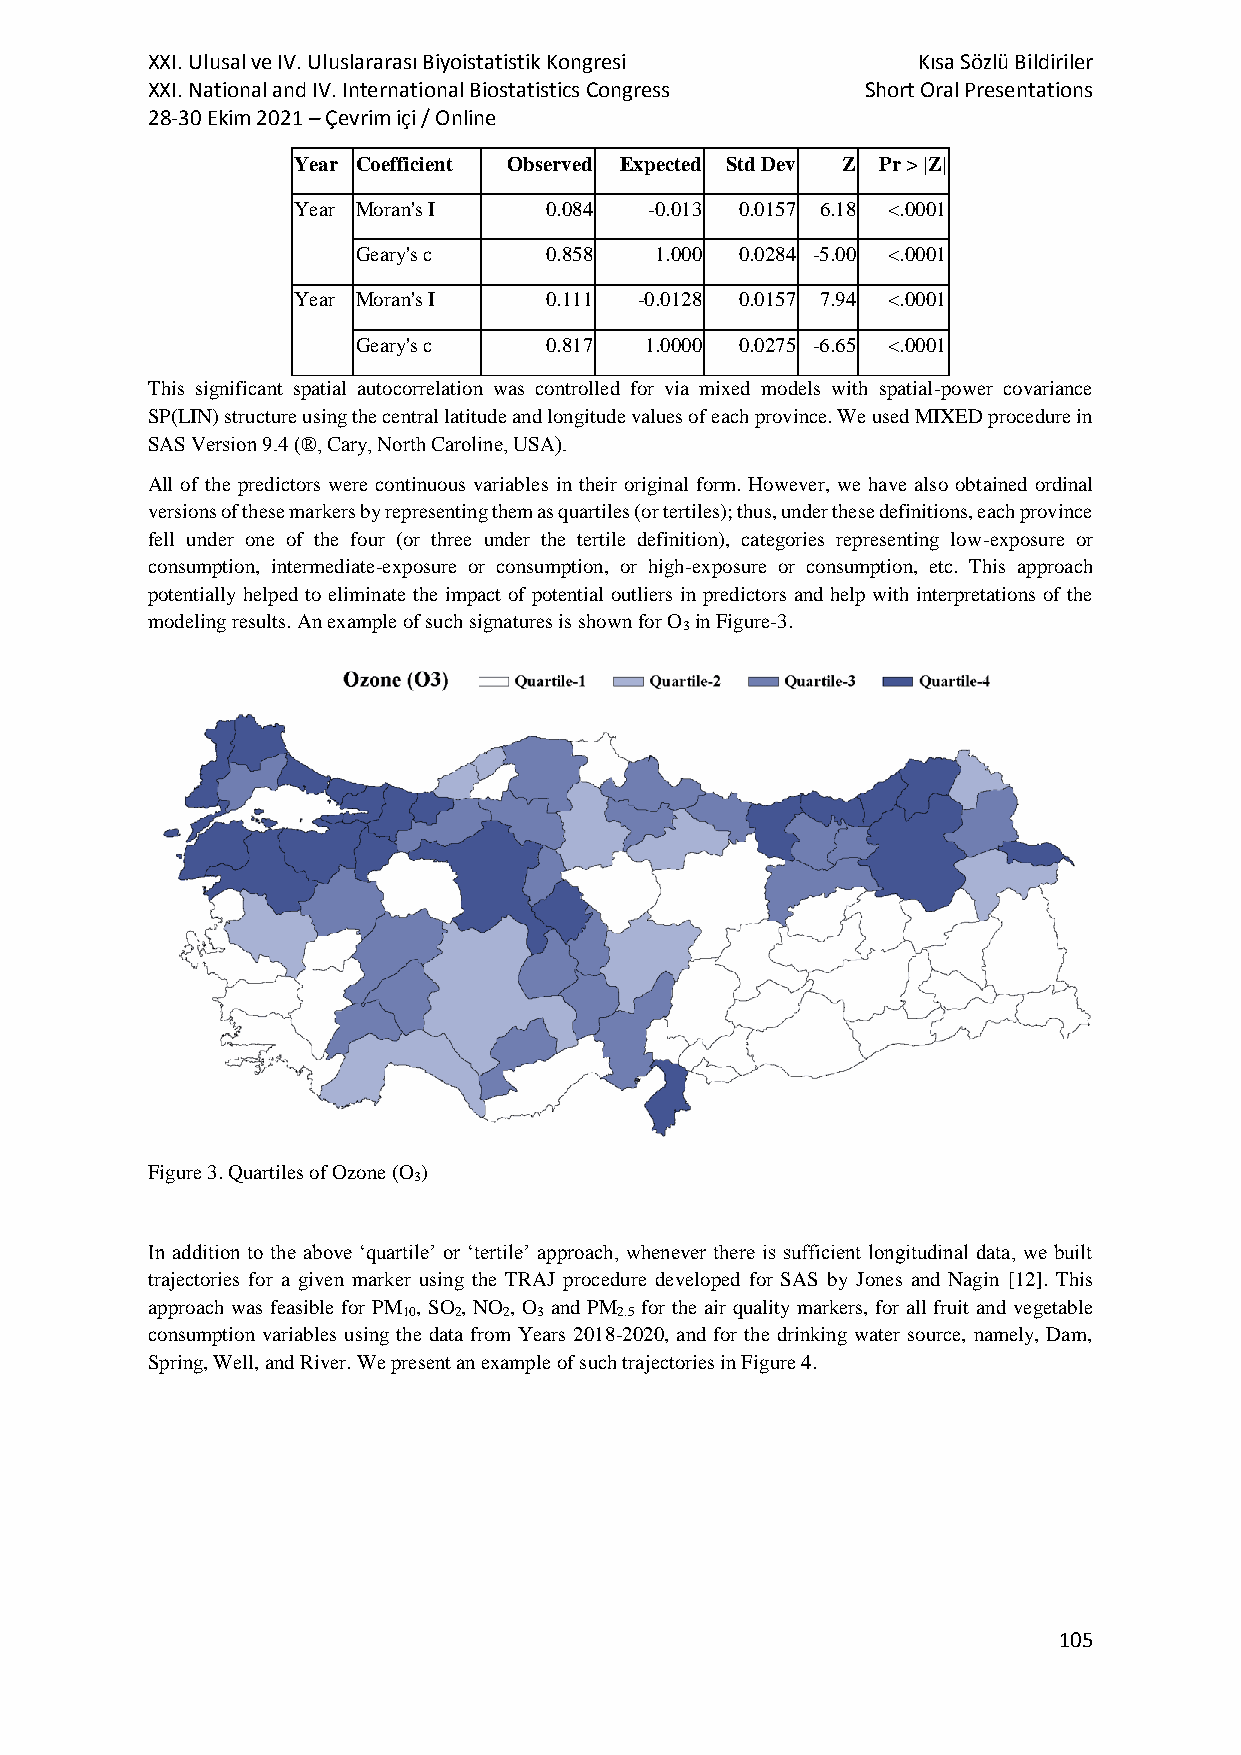
XXI. Ulusal ve IV. Uluslararası Biyoistatistik Kongresi Kısa Sözlü Bildiriler
 XXI. National and IV. International Biostatistics Congress Short Oral Presentations
 28-30 Ekim 2021 – Çevrim içi / Online
 Year Coefficient Observed Expected Std Dev Z Pr > |Z|
 Year Moran's I   0.084  -0.013 0.0157 6.18 <.0001
 Geary's c   0.858  1.000 0.0284 -5.00 <.0001
 Year Moran's I   0.111 -0.0128 0.0157 7.94 <.0001
 Geary's c   0.817  1.0000 0.0275 -6.65 <.0001
 This significant spatial autocorrelation was controlled for via mixed models with spatial-power covariance
 SP(LIN) structure using the central latitude and longitude values of each province. We used MIXED procedure in
 SAS Version 9.4 (®, Cary, North Caroline, USA).
 All of the predictors were continuous variables in their original form. However, we have also obtained ordinal
 versions of these markers by representing them as quartiles (or tertiles); thus, under these definitions, each province
 fell under one of the four (or three under the tertile definition), categories representing low-exposure or
 consumption, intermediate-exposure or consumption, or high-exposure or consumption, etc. This approach
 potentially helped to eliminate the impact of potential outliers in predictors and help with interpretations of the
 modeling results. An example of such signatures is shown for O in Figure-3.
 3
 Figure 3. Quartiles of Ozone (O )
 3
 In addition to the above ‘quartile’ or ‘tertile’ approach, whenever there is sufficient longitudinal data, we built
 trajectories for a given marker using the TRAJ procedure developed for SAS by Jones and Nagin [12]. This
 approach was feasible for PM , SO , NO , O and PM for the air quality markers, for all fruit and vegetable
 10 2  2  3    2.5
 consumption variables using the data from Years 2018-2020, and for the drinking water source, namely, Dam,
 Spring, Well, and River. We present an example of such trajectories in Figure 4.
 105